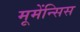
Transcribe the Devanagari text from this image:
मूमेंन्सिस